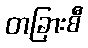
တခြားစီ